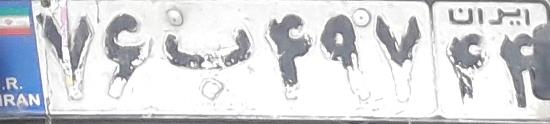
۷۶ب۴۹۷۴۴